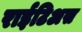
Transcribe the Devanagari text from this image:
राईटिअस